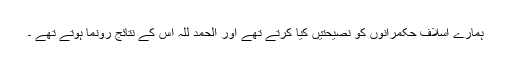
ہمارے اسلاف حکمرانوں کو نصیحتیں کیا کرتے تھے اور الحمد للہ اس کے نتائج رونما ہوتے تھے ۔